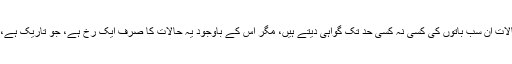
اگرچہ حالات اِن سب باتوں کی کسی نہ کسی حد تک گواہی دیتے ہیں، مگر اِس کے باوجود یہ حالات کا صرف ایک رُخ ہے، جو تاریک ہے، سیاہ ہے۔